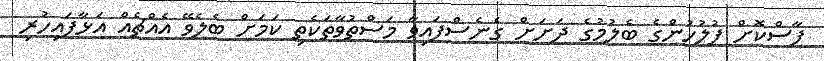
ފާސްކޮށް ފުލުހުންގެ ބެލުމުގެ ދަށަށް ގެނެސްފައިވާ މަސްުތުވާތަކެތި ކަމަށް ބެލެވޭ އެއްޗެއް އަޅާފައިހުރި